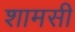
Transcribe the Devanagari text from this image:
शामसी